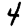
Digit: 4